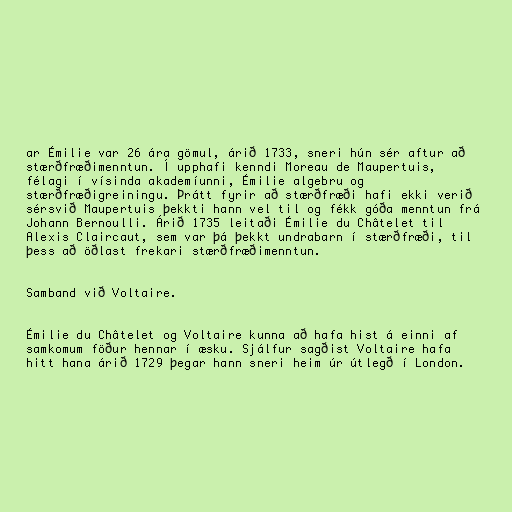
ar Émilie var 26 ára gömul, árið 1733, sneri hún sér aftur að
stærðfræðimenntun. Í upphafi kenndi Moreau de Maupertuis,
félagi í vísinda akademíunni, Émilie algebru og
stærðfræðigreiningu. Þrátt fyrir að stærðfræði hafi ekki verið
sérsvið Maupertuis þekkti hann vel til og fékk góða menntun frá
Johann Bernoulli. Árið 1735 leitaði Émilie du Châtelet til
Alexis Claircaut, sem var þá þekkt undrabarn í stærðfræði, til
þess að öðlast frekari stærðfræðimenntun.

Samband við Voltaire.

Émilie du Châtelet og Voltaire kunna að hafa hist á einni af
samkomum föður hennar í æsku. Sjálfur sagðist Voltaire hafa
hitt hana árið 1729 þegar hann sneri heim úr útlegð í London.